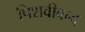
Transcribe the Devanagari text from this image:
पिशवीबन्द